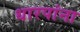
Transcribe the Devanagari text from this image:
धारपांना